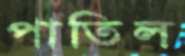
পাতিল